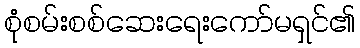
စုံစမ်းစစ်ဆေးရေးကော်မရှင်၏